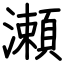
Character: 瀬